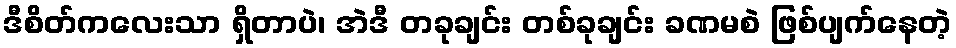
ဒီစိတ်ကလေးသာ ရှိတာပဲ၊ အဲဒီ တခုချင်း တစ်ခုချင်း ခဏမစဲ ဖြစ်ပျက်နေတဲ့